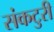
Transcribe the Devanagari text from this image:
संकटुरी